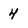
Character: 4